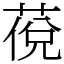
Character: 䓲